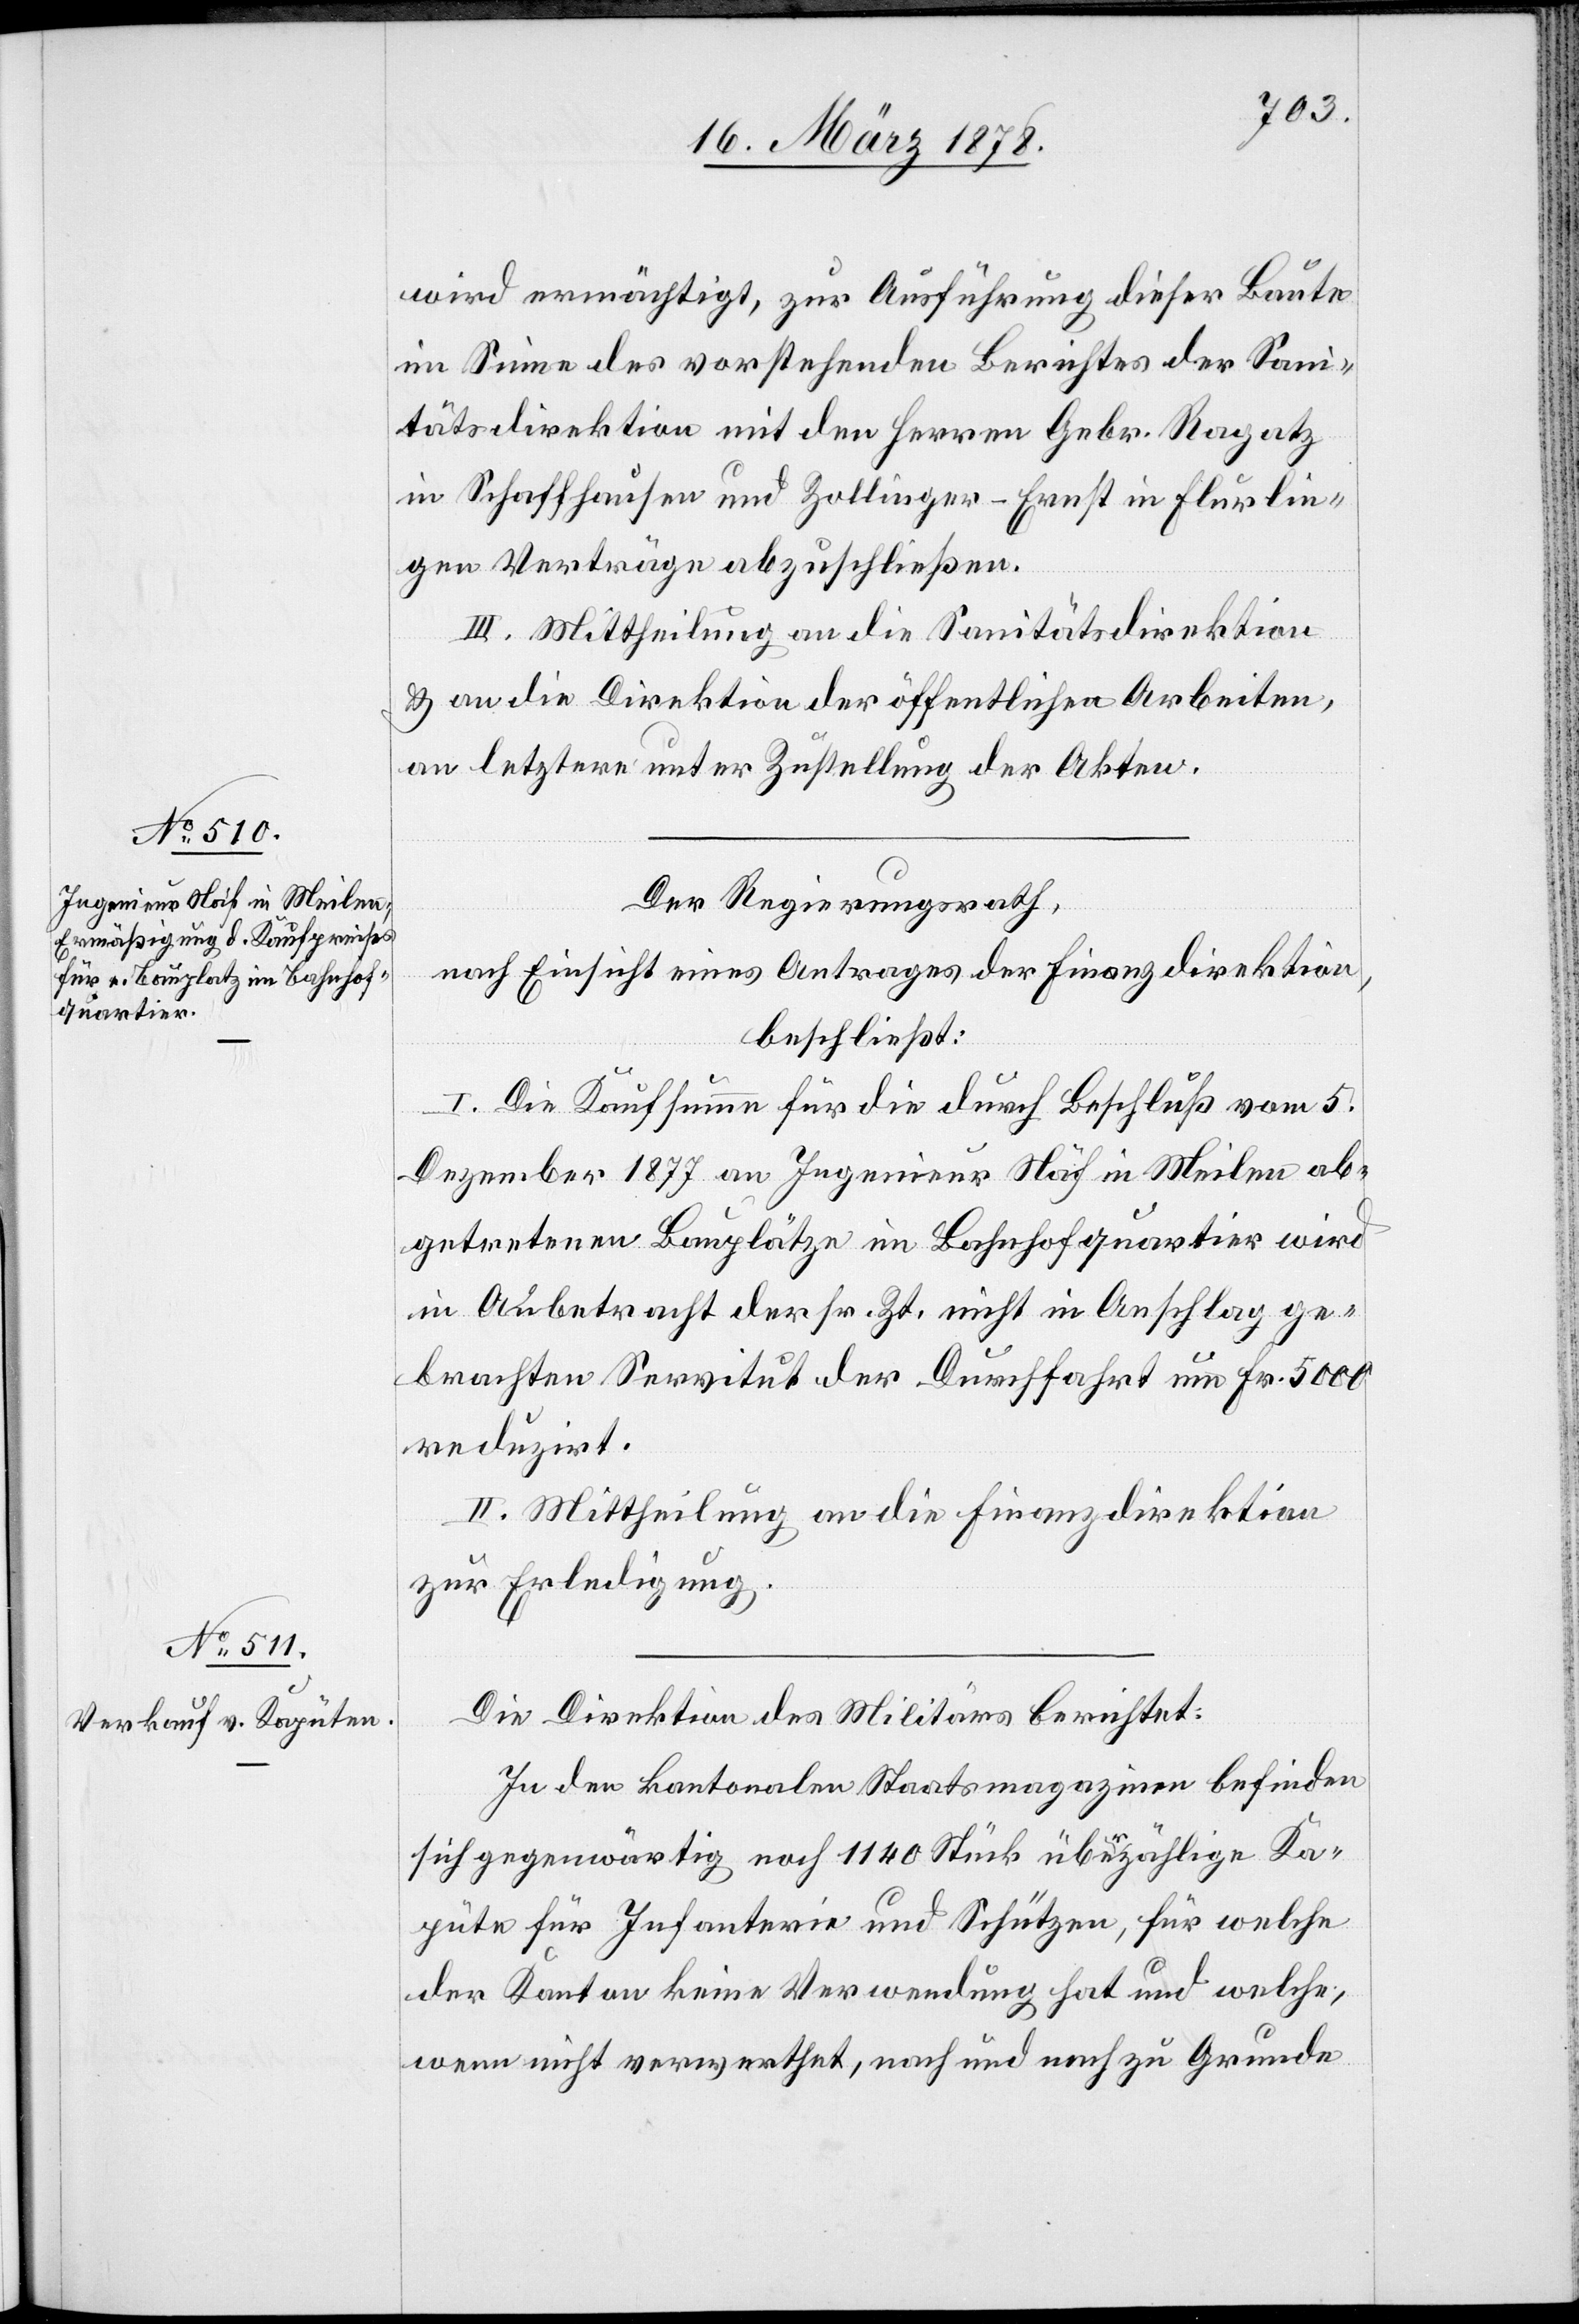
wird ermächtigt, zur Ausführung dieser Baute
im Sinne des vorstehenden Berichtes der Sani¬
tätsdirektion mit den Herren Gebr. Ragatz
in Schaffhausen und Zollinger-Ernst in Flurlin¬
gen Verträge abzuschließen.
III. Mittheilung an die Sanitätsdirektion
& an die Direktion der öffentlichen Arbeiten,
an letztere unter Zustellung der Akten.
Der Regierungsrath,
nach Einsicht eines Antrages der Finanzdirektion,
beschließt:
I. Die Kaufsumme für die durch Beschluß vom 5.
Dezember 1877 an Ingenieur Näf in Meilen ab¬
getretenen Bauplätze im Bahnhofquartier wird
in Anbetracht der sr. Zt. nicht in Anschlag ge¬
brachten Servitut der Durchfahrt um Fr. 5000
reduzirt.
II. Mittheilung an die Finanzdirektion
zur Erledigung.
Die Direktion des Militärs berichtet:
In den kantonalen Staatsmagazinen befinden
sich gegenwärtig noch 1140 Stück überzählige Ka¬
pute für Infanterie und Schützen, für welche
der Kanton keine Verwendung hat und welche,
wenn nicht verwerthet, nach und nach zu Grunde